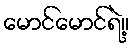
မောင်မောင်ရဲ့။